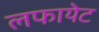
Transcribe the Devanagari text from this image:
लफायेट